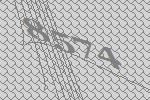
8574